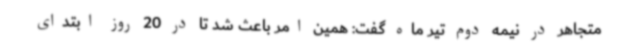
متجاهر در نیمه دوم تیر ماه گفت: همین امر باعث شد تا در 20 روز ابتدای